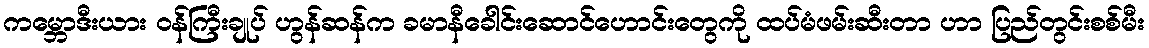
ကမ္ဘောဒီးယား ဝန်ကြီးချုပ် ဟွန်ဆန်က ခမာနီခေါင်းဆောင်ဟောင်းတွေကို ထပ်မံဖမ်းဆီးတာ ဟာ ပြည်တွင်းစစ်မီး